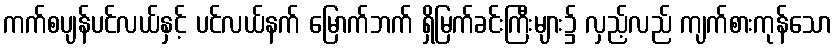
ကက်စပျန်ပင်လယ်နှင့် ပင်လယ်နက် မြောက်ဘက် ရှိမြက်ခင်းကြီးများ၌ လှည့်လည် ကျက်စားကုန်သော